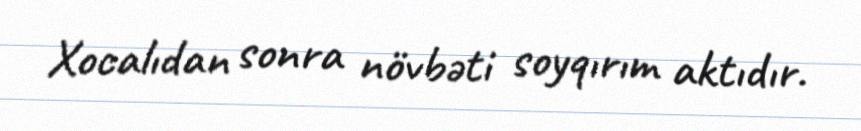
Xocalıdan sonra növbəti soyqırım aktıdır.